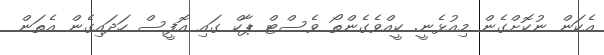
އެކަން ނުކޮށްގެން މިއުޅެނީ. ކީއްވެގެންތޯ ވެސްޓް ޕާކް ގައި އޮފީސް ހަދައިގެން އެތަން